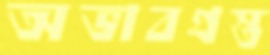
অভাবগ্রস্ত